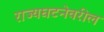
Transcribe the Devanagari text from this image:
राज्यघटनेवरील